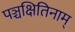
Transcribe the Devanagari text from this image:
पञ्चक्षितिनाम्